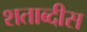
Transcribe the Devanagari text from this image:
शताब्दीस